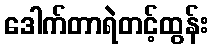
ဒေါက်တာရဲတင့်ထွန်း